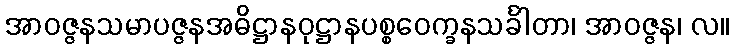
အာဝဇ္ဇနသမာပဇ္ဇနအဓိဋ္ဌာနဝုဋ္ဌာနပစ္စဝေက္ခနသင်္ခါတာ၊ အာဝဇ္ဇန၊ လ။